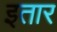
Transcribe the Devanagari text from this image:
इतार